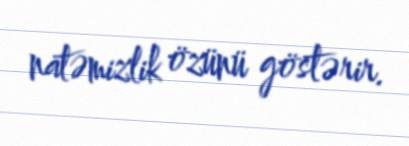
natəmizlik özünü göstərir.